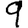
Digit: 9